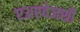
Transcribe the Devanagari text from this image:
एअरवेजशी